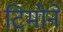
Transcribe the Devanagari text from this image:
टिमोने